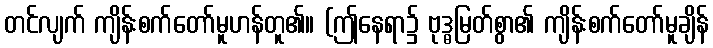
တင်လျက် ကျိန်းစက်တော်မူဟန်တူ၏။ (ဤနေရာ၌ ဗုဒ္ဓမြတ်စွာ၏ ကျိန်းစက်တော်မူချိန်